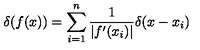
\delta ( f ( x ) ) = \sum _ { i = 1 } ^ { n } \frac { 1 } { | f ^ { \prime } ( x _ { i } ) | } \delta ( x - x _ { i } )